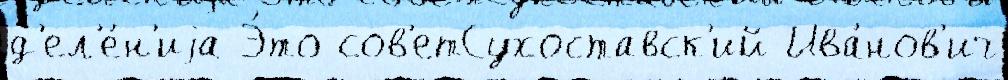
д'ел'е́н'иjа Э́то сов'етСухоставск'ий Ива́нов'ич